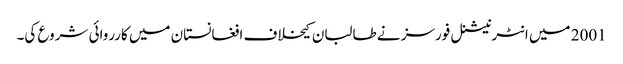
2001 میں انٹرنیشنل فورسز نے طالبان کیخلاف افغانستان میں کارروائی شروع کی۔